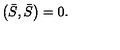
\left( \bar { S } , \bar { S } \right) = 0 .